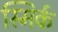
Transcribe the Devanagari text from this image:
स्मिर्क